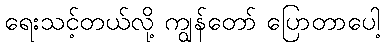
ရေးသင့်တယ်လို့ ကျွန်တော် ပြောတာပေါ့